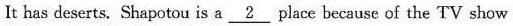
It has deserts.Shapotou is a \underline {2} place because of the TV show